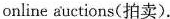
online auctions(拍卖).